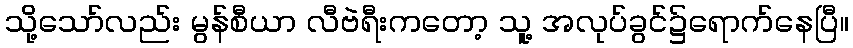
သို့သော်လည်း မွန်စီယာ လီဗဲရီးကတော့ သူ့ အလုပ်ခွင်၌ရောက်နေပြီ။